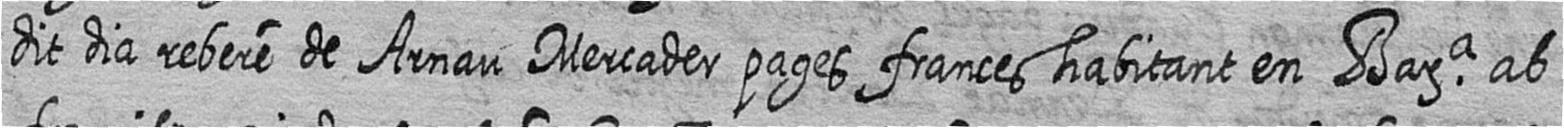
dit dia rebere de Arnau Mercader pages frances habitant en Bara ab